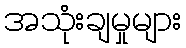
အသုံးချမှုများ